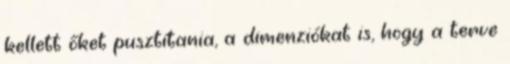
kellett őket pusztítania, a dimenziókat is, hogy a terve